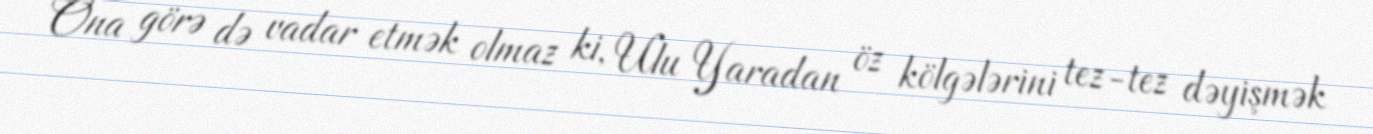
Ona görə də vadar etmək olmaz ki, Ulu Yaradan öz kölgələrini tez-tez dəyişmək